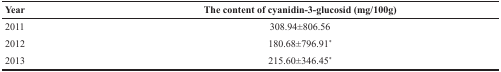
<table><thead><tr><td><b>Year</b></td><td><b>The content of cyanidin-3-glucosid (mg/100g)</b></td></tr></thead><tbody><tr><td>2011</td><td>308.94±806.56</td></tr><tr><td>2012</td><td>180.68±796.91<sup>*</sup></td></tr><tr><td>2013</td><td>215.60±346.45<sup>*</sup></td></tr></tbody></table>